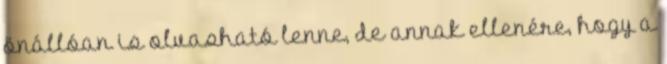
önállóan is olvasható lenne, de annak ellenére, hogy a